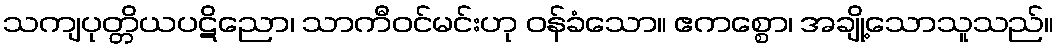
သကျပုတ္တိယပဋိညော၊ သာကီဝင်မင်းဟု ဝန်ခံသော။ ဧကစ္စော၊ အချို့သောသူသည်။